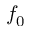
f _ { 0 }